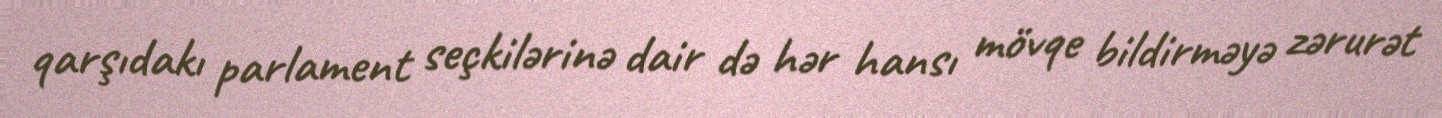
qarşıdakı parlament seçkilərinə dair də hər hansı mövqe bildirməyə zərurət